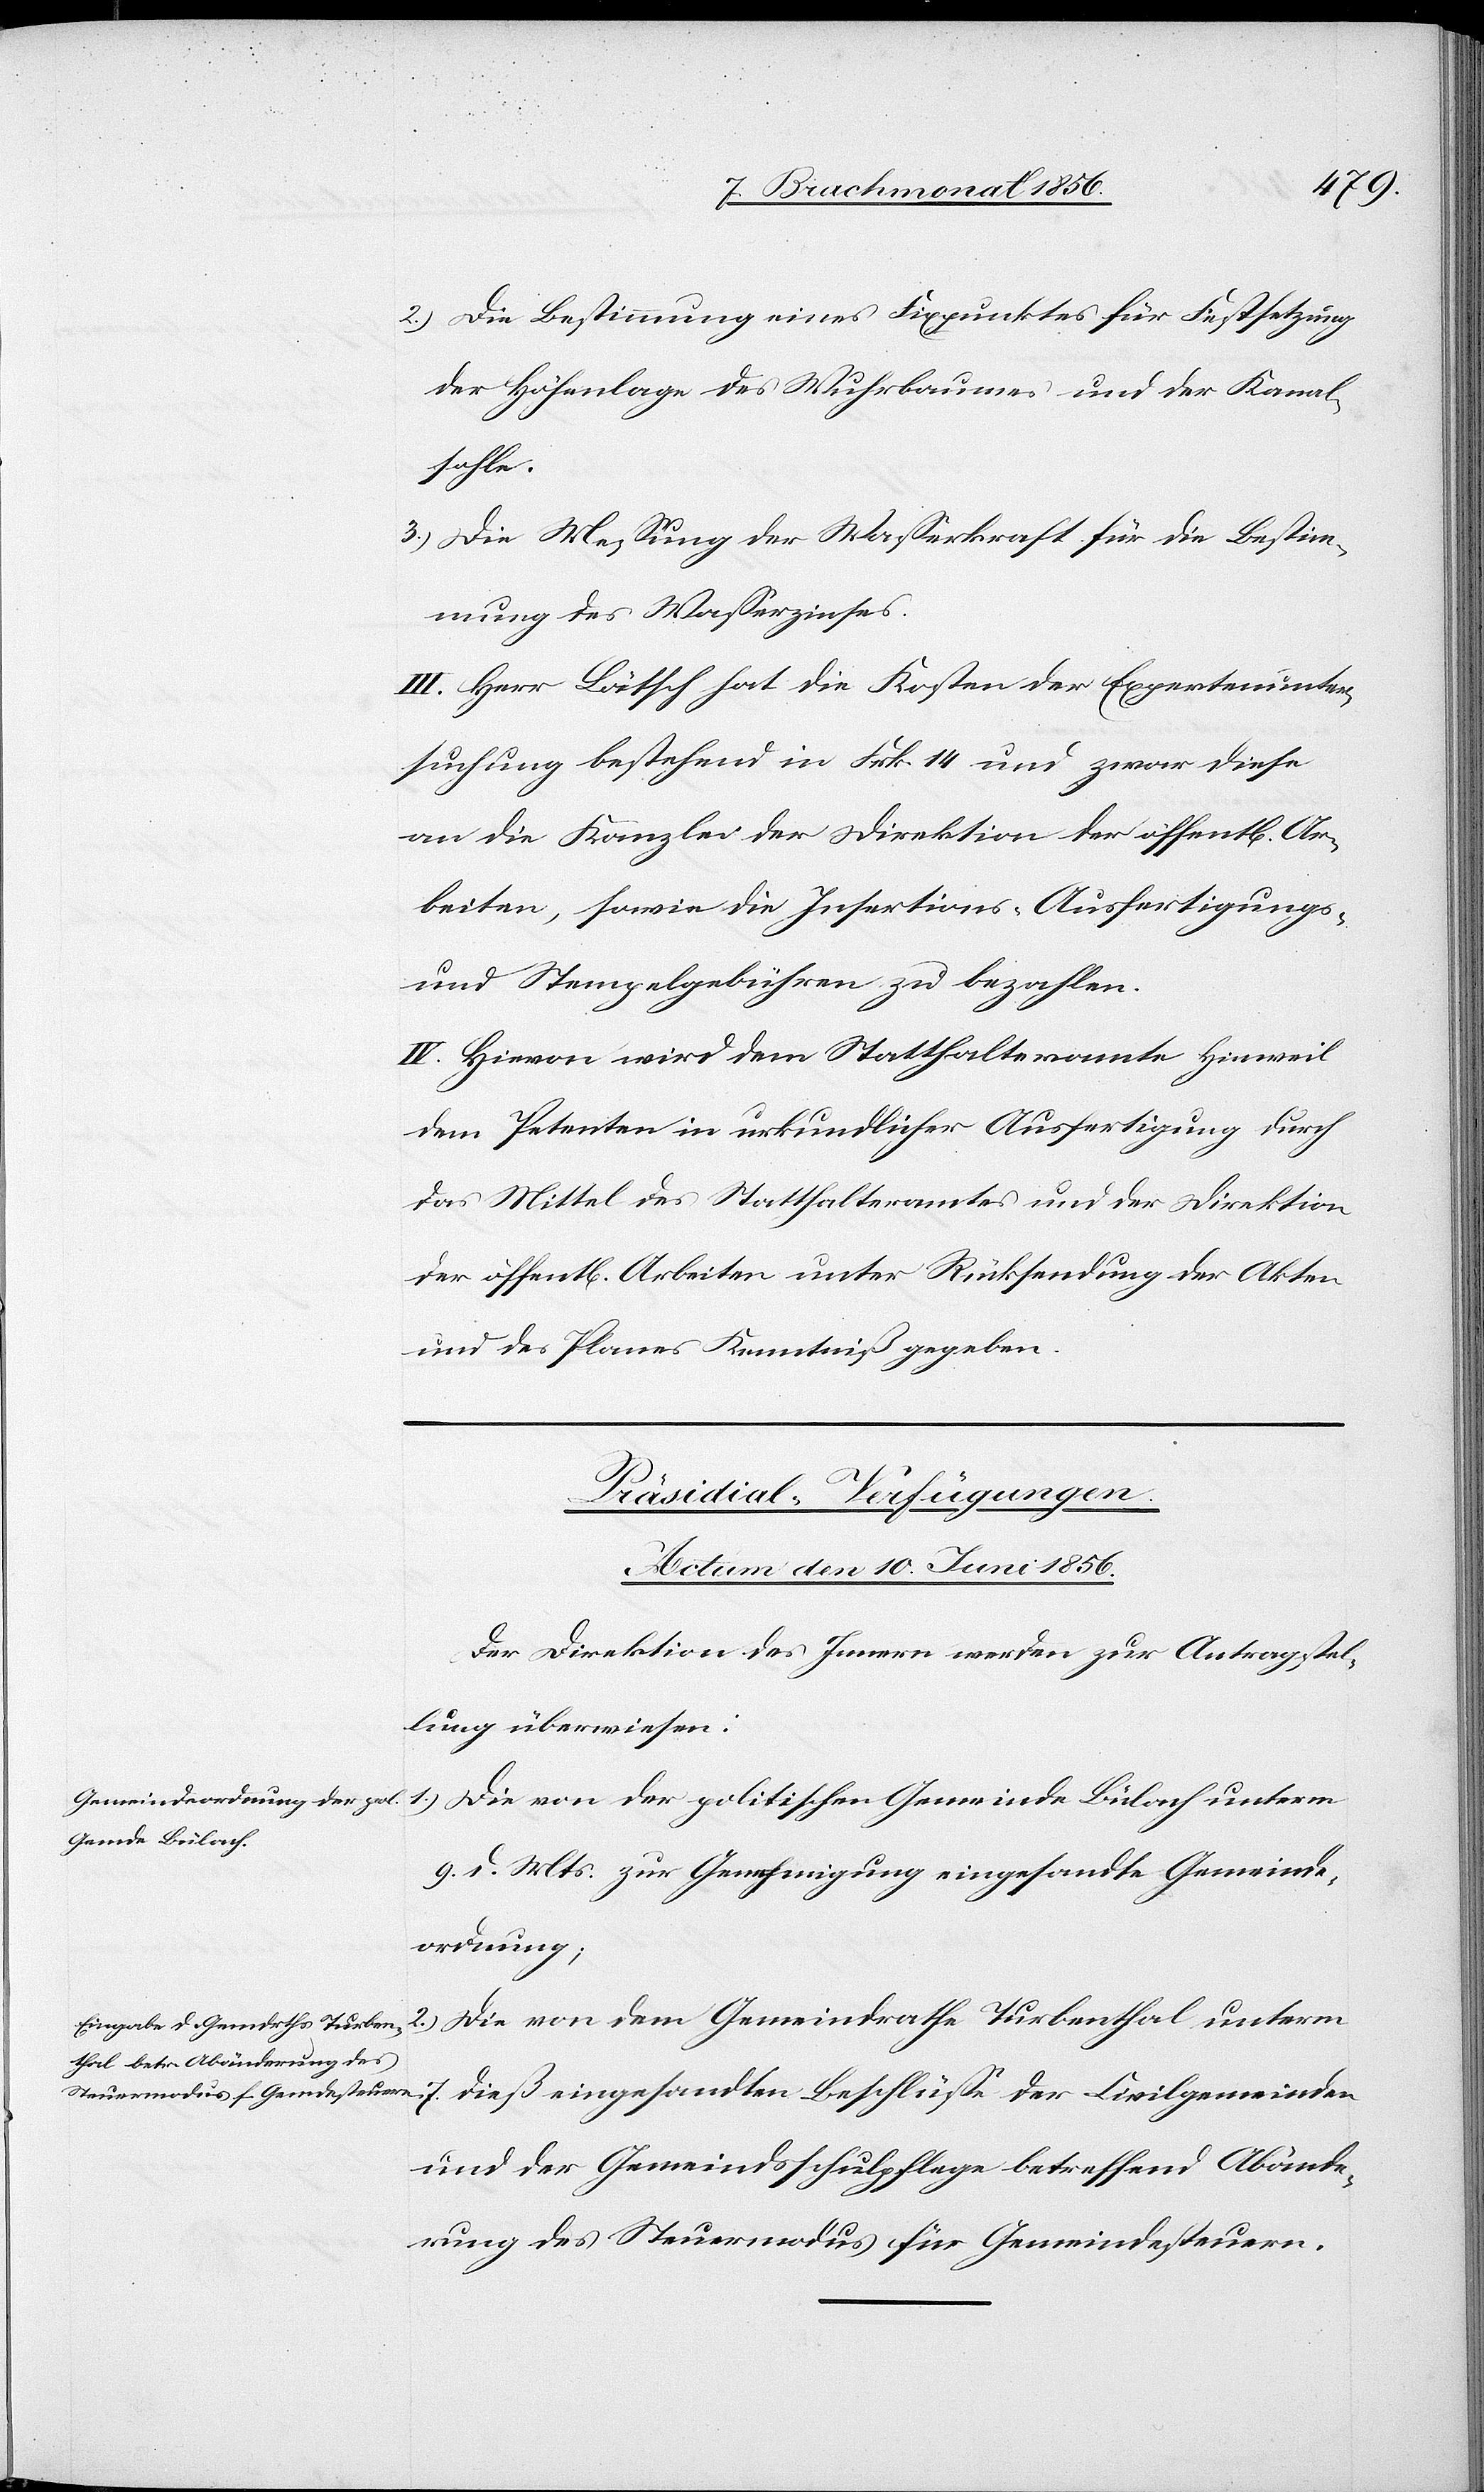
2.) Die Bestimmung eines Fixpunktes für Festsetzung
der Höhenlage des Wuhrbaumes und der Kanal¬
sohle.
3.) Die Messung der Wasserkraft für die Bestim¬
mung des Wasserzinses.
III. Herr Lätsch hat die Kosten der Expertenunter¬
suchung bestehend in Frk. 14 und zwar diese
an die Kanzlei der Direktion der öffentl[ichen]
Arbeiten, sowie die Insertions-[,] Ausfertigungs-
und Stempelgebühren zu bezahlen.
IV. Hievon wird dem Statthalteramte Hinweil
dem Petenten in urkundlicher Ausfertigung durch
das Mittel des Statthalteramtes und der Direktion
der öffentl[ichen] Arbeiten unter Rücksendung der Akten
und des Planes Kenntniß gegeben.
[Präsidial-Verfügungen.
Actum den 10. Juni 1856.]
Der Direktion des Innern werden zur Antragstel¬
lung überwiesen:
1.) Die von der politischen Gemeinde Bülach unterm
9. d. Mts. zur Genehmigung eingesandte Gemeinde¬
ordnung;
Gemeindrath Turbenthal unterm 7. dieß eingesandten Beschlüsse der Civilgemeinden
und der Gemeindsschulpflege betreffend Abände¬
rung des Steuermodus für Gemeindesteuern.